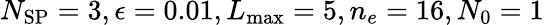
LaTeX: N_{\mathrm{SP}}=3,\epsilon=0.01,L_{\operatorname*{max}}=5,n_{e}=16,N_{0}=1